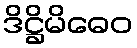
ဒိဋ္ဌိမိဓေဝ